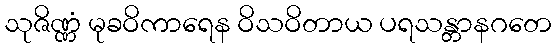
သုဇိဏ္ဏံ မုခဝိကာရေန ဝိသဝိတာယ ပရသန္တာနဂတေ